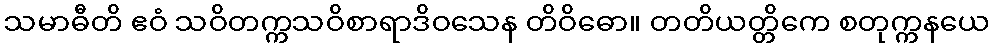
သမာဓီတိ ဧဝံ သဝိတက္ကသဝိစာရာဒိဝသေန တိဝိဓော။ တတိယတ္တိကေ စတုက္ကနယေ